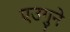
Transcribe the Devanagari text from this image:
एउगुने